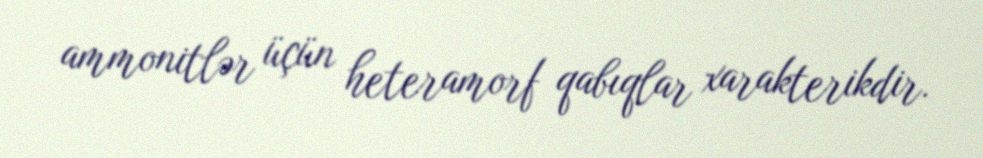
ammonitlər üçün heteramorf qabıqlar xarakterikdir.